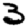
Digit: 3